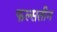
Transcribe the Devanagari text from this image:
फल्सतीन